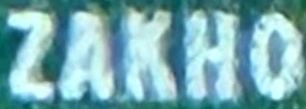
ZAKHO